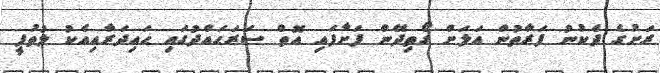
ރަށުގެ ދެކުނު ފަރާތުން އަލަށް ގޯތިދޭން ފަށާފައި އޮތް ސަރަޙައްދުގައި ޙައިދަރާއިއެކު ލުތުފީ